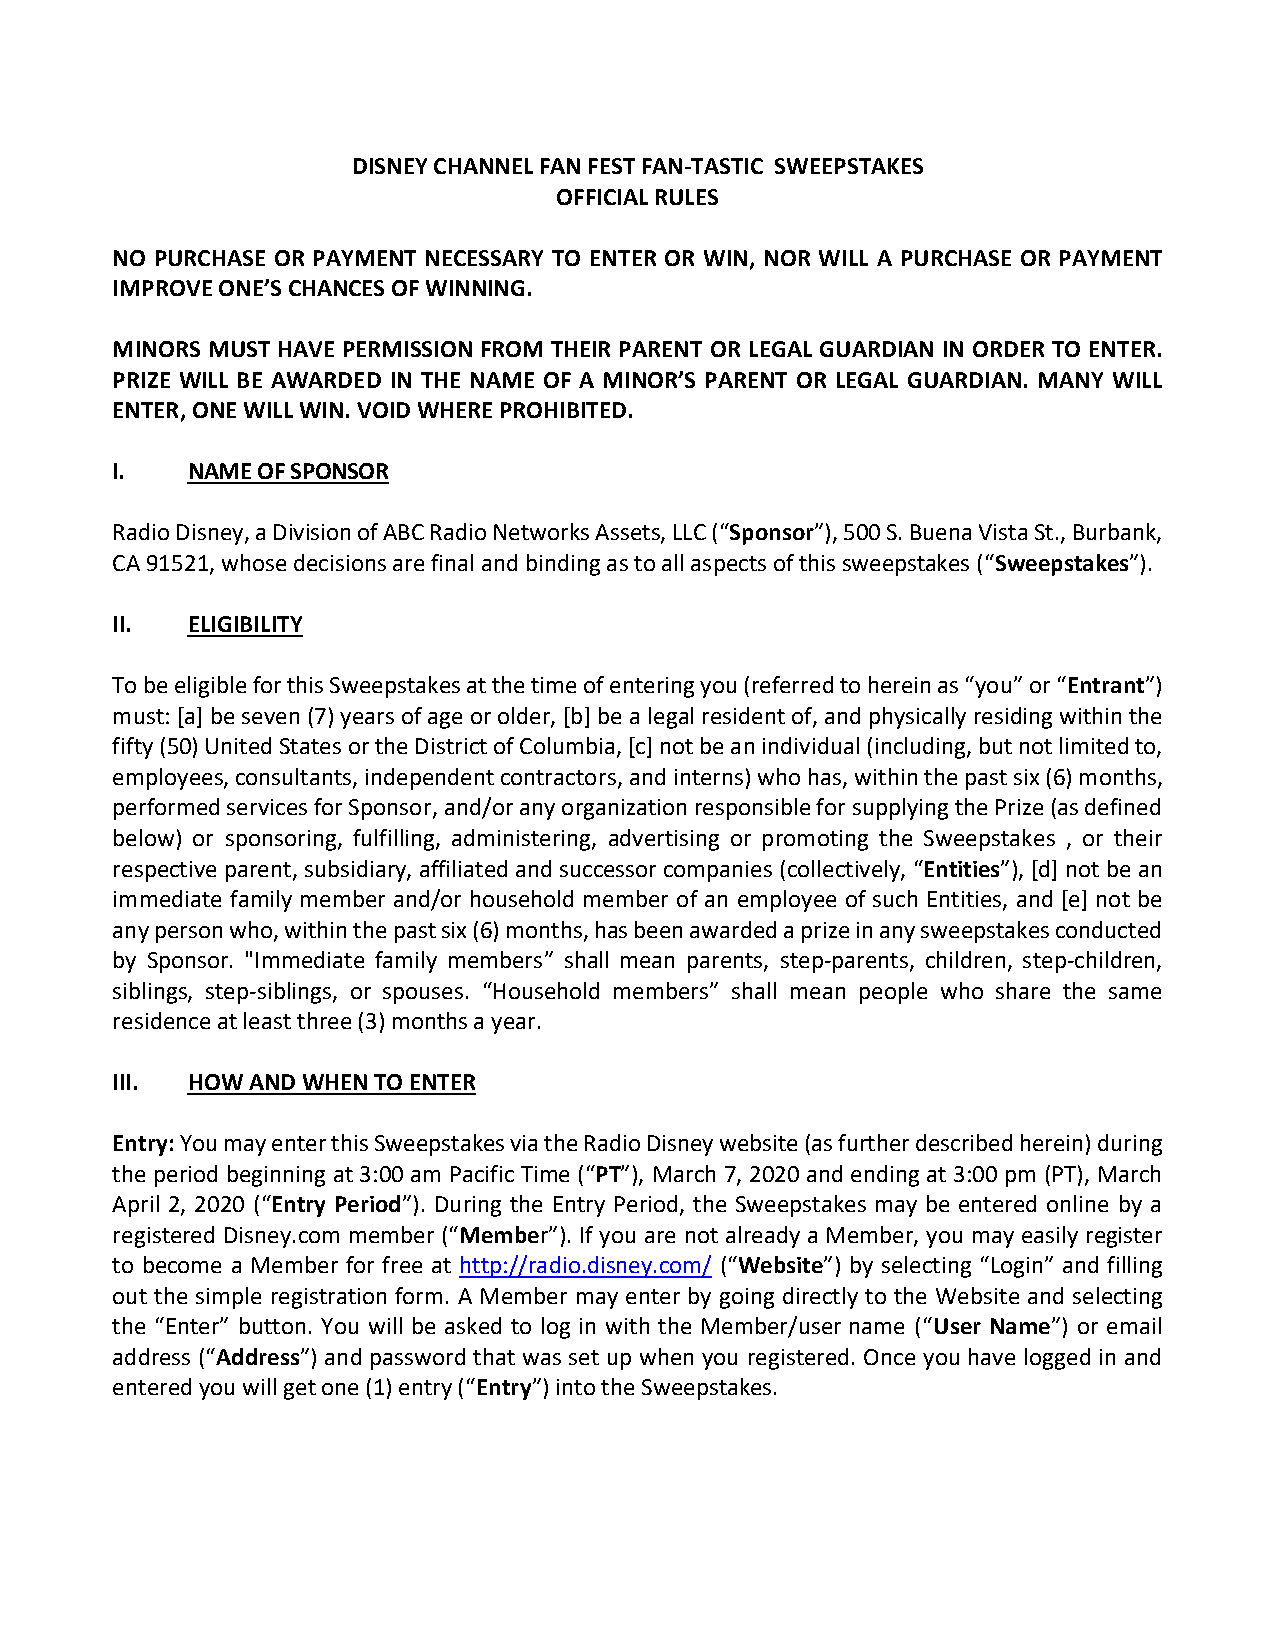
DISNEY CHANNEL FAN FEST FAN-TASTIC SWEEPSTAKES
 OFFICIAL RULES
 NO PURCHASE OR PAYMENT NECESSARY TO ENTER OR WIN, NOR WILL A PURCHASE OR PAYMENT
 IMPROVE ONE’S CHANCES OF WINNING.
 MINORS MUST HAVE PERMISSION FROM THEIR PARENT OR LEGAL GUARDIAN IN ORDER TO ENTER.
 PRIZE WILL BE AWARDED IN THE NAME OF A MINOR’S PARENT OR LEGAL GUARDIAN. MANY WILL
 ENTER, ONE WILL WIN. VOID WHERE PROHIBITED.
 I.   NAME OF SPONSOR
 Radio Disney, a Division of ABC Radio Networks Assets, LLC (“Sponsor”), 500 S. Buena Vista St., Burbank,
 CA 91521, whose decisions are final and binding as to all aspects of this sweepstakes (“Sweepstakes”).
 II.  ELIGIBILITY
 To be eligible for this Sweepstakes at the time of entering you (referred to herein as “you” or “Entrant”)
 must: [a] be seven (7) years of age or older, [b] be a legal resident of, and physically residing within the
 fifty (50) United States or the District of Columbia, [c] not be an individual (including, but not limited to,
 employees, consultants, independent contractors, and interns) who has, within the past six (6) months,
 performed services for Sponsor, and/or any organization responsible for supplying the Prize (as defined
 below) or sponsoring, fulfilling, administering, advertising or promoting the Sweepstakes , or their
 respective parent, subsidiary, affiliated and successor companies (collectively, “Entities”), [d] not be an
 immediate family member and/or household member of an employee of such Entities, and [e] not be
 any person who, within the past six (6) months, has been awarded a prize in any sweepstakes conducted
 by Sponsor. "Immediate family members” shall mean parents, step-parents, children, step-children,
 siblings, step-siblings, or spouses. “Household members” shall mean people who share the same
 residence at least three (3) months a year.
 III. HOW AND WHEN TO ENTER
 Entry: You may enter this Sweepstakes via the Radio Disney website (as further described herein) during
 the period beginning at 3:00 am Pacific Time (“PT”), March 7, 2020 and ending at 3:00 pm (PT), March
 April 2, 2020 (“Entry Period”). During the Entry Period, the Sweepstakes may be entered online by a
 registered Disney.com member (“Member”). If you are not already a Member, you may easily register
 to become a Member for free at http://radio.disney.com/ (“Website”) by selecting “Login” and filling
 out the simple registration form. A Member may enter by going directly to the Website and selecting
 the “Enter” button. You will be asked to log in with the Member/user name (“User Name”) or email
 address (“Address”) and password that was set up when you registered. Once you have logged in and
 entered you will get one (1) entry (“Entry”) into the Sweepstakes.